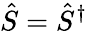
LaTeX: \hat{S}=\hat{S}^{\dagger}